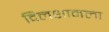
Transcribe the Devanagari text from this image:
दिलशानला